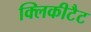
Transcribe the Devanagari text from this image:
क्लिकीटैट